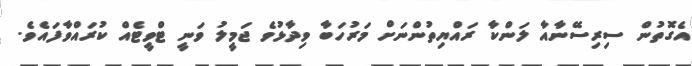
އެގޮތުން ސިރިސޭނާއާ ލަންކާ ރައްޔިތުންނަށް މަރުހަބާ ވިދާޅުވެ ޖަމީލު ވަނީ ޓްވީޓެއް ކުރައްވާފައެވެ.